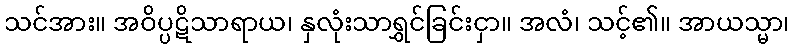
သင်အား။ အဝိပ္ပဋိသာရာယ၊ နှလုံးသာရွှင်ခြင်းငှာ။ အလံ၊ သင့်၏။ အာယသ္မာ၊